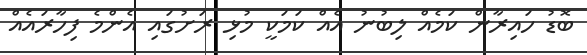
ބޮޑު ހައިރާން ކަމެއް ލިބުނު އެއް ކަމަކީ މުޅި ރަށުގައި އެންމެ ފިހާރައެއް